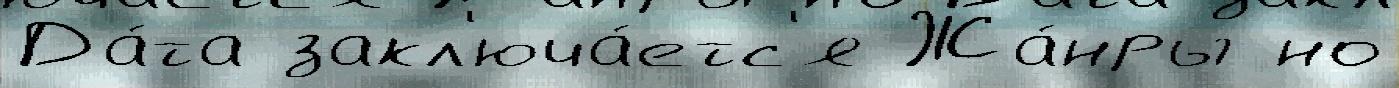
Да́та закл'юча́етс'я Жа́нры но